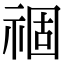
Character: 祻